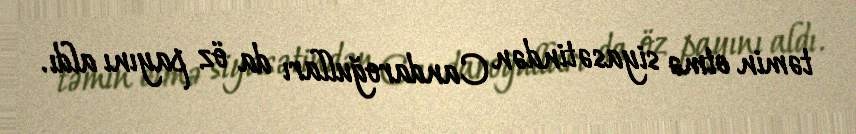
təmin etmə siyasətindən Candaroğulları da öz payını aldı.